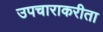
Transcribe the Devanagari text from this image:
उपचाराकरीता